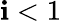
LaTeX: \mathbf{i}<1